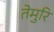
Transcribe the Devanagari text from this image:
तेमुरि